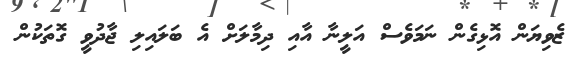
ޒެވިޔަން އޮޅިގެން ނަމަވެސް އަލީނާ އާއި ދިމާލަށް އެ ބަލައިލި ޖާދުވީ ގޮތަކުން